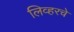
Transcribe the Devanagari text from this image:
लिव्हरचे